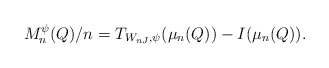
\begin{align*}M_n^{\psi}(Q)/n=T_{W_{nJ},\psi}(\mu_n(Q))-I(\mu_n(Q)). \end{align*}